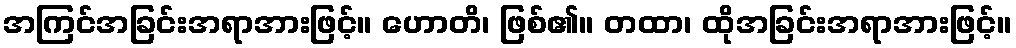
အကြင်အခြင်းအရာအားဖြင့်။ ဟောတိ၊ ဖြစ်၏။ တထာ၊ ထိုအခြင်းအရာအားဖြင့်။